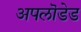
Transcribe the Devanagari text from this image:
अपलॊडेड